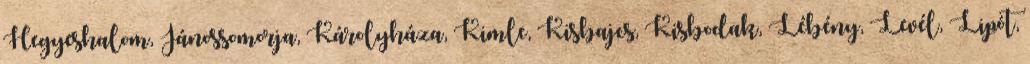
Hegyeshalom, Jánossomorja, Károlyháza, Kimle, Kisbajcs, Kisbodak, Lébény, Levél, Lipót,